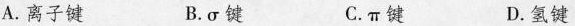
A.离子键 B.\sigma 键 C.\pi 键 D.氢键